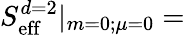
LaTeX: S_{\mathrm{eff}}^{d=2}|_{m=0;\mu=0}=